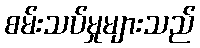
စမ်းသပ်မှုများသည်